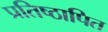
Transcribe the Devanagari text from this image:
प्रतिष्ठापित